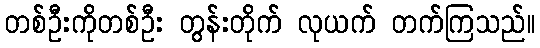
တစ်ဦးကိုတစ်ဦး တွန်းတိုက် လုယက် တက်ကြသည်။